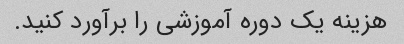
هزینه یک دوره آموزشی را برآورد کنید.